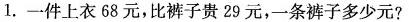
1.一件上衣68元，比裤子贵29元，一条裤子多少元?